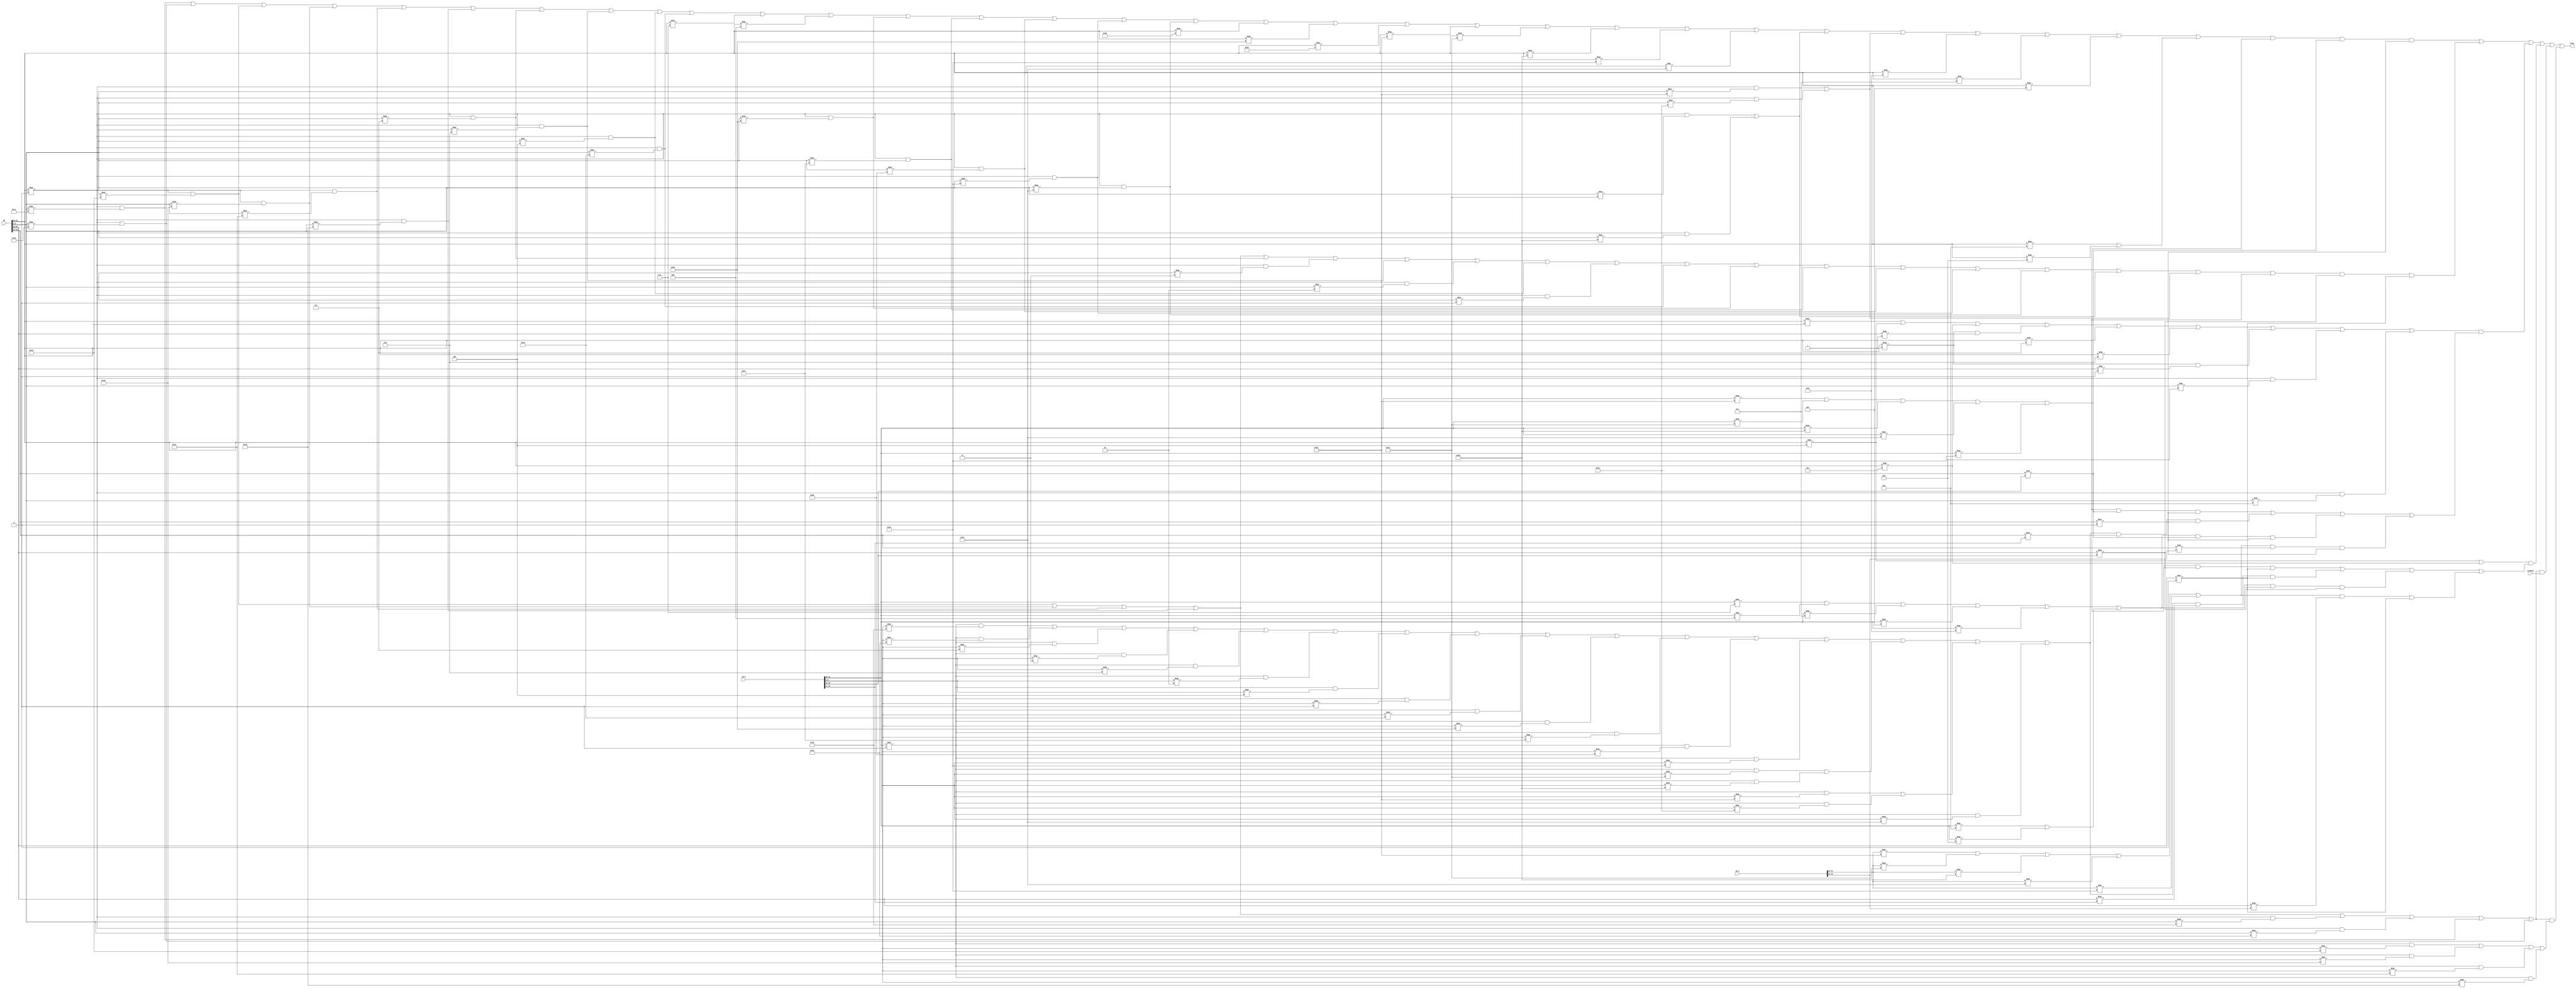
`timescale 1ns / 1ps
//////////////////////////////////////////////////////////////////////////////////
// Company: 
// Engineer: 
// 
// Design Name: 
// Module Name:    pause 
// Project Name: 
// Target Devices: 
// Tool versions: 
// Description: 
//
// Dependencies: 
//
// Revision: 
// Revision 0.01 - File Created
// Additional Comments: 
//
//////////////////////////////////////////////////////////////////////////////////
module pause(
    input [31:0] IR,
    input [31:0] IR_E,
    input [31:0] IR_M,
	 input alubusy,
    output  stop
    );
    
	wire [5:0] op;
	wire [5:0] func;
	wire [4:0] rs;
	wire [4:0] rt;
	wire [4:0] rd;
	
	wire lw_E;
	wire addu_E;
	wire subu_E;
	wire ori_E;
	wire [4:0]rs_E;
	wire [4:0]rt_E;
	wire [4:0]rd_E;
	wire [5:0]func_E;
	wire [5:0]op_E;

	wire lw_M;
	wire [4:0]rs_M;
	wire [4:0]rt_M;
	wire [4:0]rd_M;
	wire [5:0]func_M;
	wire [5:0]op_M;

	wire addu;
	wire subu;
	wire ori;
	wire lw;
	wire sw;
	wire beq;
	wire jr;
	wire sh;
	wire sb;
	wire lb;
	wire lh;
	wire lhu;
	wire lbu;
	
	assign op = IR[31:26];
	assign func = IR[5:0];
	assign rs = IR[25:21];
	assign rt = IR[20:16];
	assign rd = IR[15:11];
	
	assign rt_E = IR_E[20:16];
	assign rd_E = IR_E[15:11];
	assign rs_E = IR_E[25:21];
	assign op_E = IR_E[31:26];
	assign func_E = IR_E[5:0];

	assign rs_M = IR_M[25:21];
	assign rt_M = IR_M[20:16];
	assign rd_M = IR_M[15:11];
	assign op_M = IR_M[31:26];
	assign func_M = IR_M[5:0];
	
	assign add = (op === 6'b000000 && func === 6'b100000);
	assign sub = (op === 6'b000000 && func === 6'b100010);
	assign addu = (op === 6'b000000 && func === 6'b100001) || add;
	assign subu = (op === 6'b000000 && func === 6'b100011) || sub;
	assign addi = (op === 6'b001000);
	assign addiu = (op === 6'b001001) || addi;
	assign ori = (op === 6'b001101);
	assign lw = (op === 6'b100011);
	assign sw = (op === 6'b101011);
	assign beq = (op === 6'b000100);
	assign jr = (op === 6'b000000 && func === 6'b001000);
	assign jalr = (op === 6'b000000 && func === 6'b001001);
	assign sh = (op === 6'b101001);
	assign sb = (op === 6'b101000);
	assign lh = (op === 6'b100001);
	assign lb = (op === 6'b100000);
	assign lhu = (op === 6'b100101);
	assign lbu = (op === 6'b100100);
	assign AND = (op === 6'b000000 && func === 6'b100100);
	assign OR = (op === 6'b000000 && func === 6'b100101);	
	assign XOR = (op === 6'b000000 && func === 6'b100110);
	assign NOR = (op === 6'b000000 && func === 6'b100111);	
	assign andi = (op === 6'b001100);
	assign xori = (op === 6'b001110);
	assign bne = (op === 6'b000101);
	assign bgez = (op === 6'b000001 && rt === 5'b00001);
	assign bgtz = (op === 6'b000111);
	assign blez = (op === 6'b000110);
	assign bltz = (op === 6'b000001 && rt === 5'b00000);
	assign slt = (op === 6'b000000 && func === 6'b101010);
	assign slti = (op === 6'b001010);
	assign sltiu = (op === 6'b001011);
	assign sltu = (op === 6'b000000 && func === 6'b101011);
	assign sll = (op === 6'b000000 && func === 6'b000000);
	assign sllv = (op === 6'b000000 && func  === 6'b000100);
	assign srl = (op === 6'b000000 && func === 6'b000010);
	assign srlv = (op === 6'b000000 && func === 6'b000110);
	assign sra = (op === 6'b000000 && func === 6'b000011);
	assign srav = (op === 6'b000000 && func === 6'b000111); 
	assign mult = (op === 6'b000000 && func === 6'b011000);
	assign multu = (op === 6'b000000 && func === 6'b011001);
	assign div = (op === 6'b000000 && func === 6'b011010);
	assign divu = (op === 6'b000000 && func === 6'b011011);
	assign mtlo = (op === 6'b000000 && func === 6'b010011);
	assign mthi = (op === 6'b000000 && func === 6'b010001);
	assign mflo = (op === 6'b000000 && func === 6'b010010);
	assign mfhi = (op === 6'b000000 && func === 6'b010000);
	assign blezals = (op === 6'b011000);
	
	assign add_E = (op_E === 6'b000000 && func_E === 6'b100000);
	assign sub_E = (op_E === 6'b000000 && func_E === 6'b100010);
	assign lw_E = (op_E === 6'b100011);
	assign lh_E = (op_E === 6'b100001);
	assign lb_E = (op_E === 6'b100000);
	assign lhu_E = (op_E === 6'b100101);
	assign lbu_E = (op_E === 6'b100100);
	assign addu_E = (op_E === 6'b000000 && func_E === 6'b100001) || add_E;
	assign subu_E = (op_E === 6'b000000 && func_E === 6'b100011) || sub_E;
	assign addi_E = (op_E === 6'b001000);
	assign addiu_E = (op_E === 6'b001001) || addi_E;
	assign ori_E = (op_E === 6'b001101);
	assign AND_E = (op_E === 6'b000000 && func_E === 6'b100100);
	assign OR_E = (op_E === 6'b000000 && func_E === 6'b100101);
	assign XOR_E = (op_E === 6'b000000 && func_E === 6'b100110);
	assign NOR_E = (op_E === 6'b000000 && func_E === 6'b100111);
	assign andi_E = (op_E === 6'b001100);
	assign xori_E = (op_E === 6'b001110);
	assign slt_E = (op_E === 6'b000000 && func_E === 6'b101010);
	assign slti_E = (op_E === 6'b001010);
	assign sltiu_E = (op_E === 6'b001011);
	assign sltu_E = (op_E === 6'b000000 && func_E === 6'b101011);	
	assign sll_E = (op_E === 6'b000000 && func_E === 6'b000000);	
	assign sllv_E = (op_E === 6'b000000 && func_E  === 6'b000100);
	assign srl_E = (op_E === 6'b000000 && func_E === 6'b000010);
	assign srlv_E = (op_E === 6'b000000 && func_E === 6'b000110); 
	assign sra_E = (op_E === 6'b000000 && func_E === 6'b000011);
	assign srav_E = (op_E === 6'b000000 && func_E === 6'b000111);
	assign mult_E = (op_E === 6'b000000 && func_E === 6'b011000);
	assign multu_E = (op_E === 6'b000000 && func_E === 6'b011001);
	assign div_E = (op_E === 6'b000000 && func_E === 6'b011010);
	assign divu_E = (op_E === 6'b000000 && func_E === 6'b011011);
	assign mtlo_E = (op_E === 6'b000000 && func_E === 6'b010011);
	assign mthi_E = (op_E === 6'b000000 && func_E === 6'b010001);
	assign mflo_E = (op_E === 6'b000000 && func_E === 6'b010010);
	assign mfhi_E = (op_E === 6'b000000 && func_E === 6'b010000);
	assign blezals_E = (op_E === 6'b011000);
	
	assign lw_M = (op_M === 6'b100011);
	assign lh_M = (op_M === 6'b100001);
	assign lb_M = (op_M === 6'b100000);
	assign lhu_M = (op_M === 6'b100101);
	assign lbu_M = (op_M === 6'b100100);
	
	assign rs_1 = (mthi || mtlo || mult || multu || div || divu || srav || srlv || sllv || slt || slti || sltiu || sltu || NOR || XOR || OR || AND || sh || sw || sb || lw || lh || lb || lhu || lbu || addu || subu || ori || andi || xori || addiu);
	assign rt_1 = (mult || multu || div || divu || srav || sra || srlv || srl || sllv || sll || slt || sltu || NOR || XOR || OR || AND || addu || subu);
	assign rs_0 = (blezals || beq || bne || bgez || bgtz || blez || bltz || jr || jalr);
	assign rt_0 = (beq || bne);    
	
	assign s1 = ( rs_1 && (lw_E || lh_E || lb_E || lbu_E || lhu_E) && (rs === rt_E) && (rs !== 0));
	assign s2 = ( rt_1 && (lw_E || lh_E || lb_E || lbu_E || lhu_E) && (rt === rt_E) && (rt !== 0));
	assign s3 = ( rs_0 && (((lw_E || lh_E || lb_E || lbu_E || lhu_E) && (rs === rt_E) && (rs !== 0))|| 
								((mfhi_E || mflo_E || srav_E || sra_E || srlv_E || srl_E || sllv_E || sll_E || slt_E || sltu_E || NOR_E || XOR_E || OR_E || addu_E || subu_E || AND_E) && (rs === rd_E) && (rs !== 0)) ||
								((slti_E || sltiu_E || andi_E || xori_E || ori_E || addiu_E) && (rs === rt_E) && (rs !== 0)) ||
								((lw_M || lh_M || lb_M || lbu_M || lhu_M) && (rs === rt_M) && (rs !== 0))));
	assign s4 = ( rt_0 && (((lw_E || lh_E || lb_E || lbu_E || lhu_E) && (rt === rt_E) && (rt !== 0))|| 
								((mfhi_E || mflo_E || srav_E || sra_E || srlv_E || srl_E || sllv_E || sll_E || slt_E || sltu_E || NOR_E || XOR_E || OR_E || addu_E || subu_E || AND_E) && (rt === rd_E) && (rt !== 0)) ||
								((slti_E || sltiu_E || andi_E || xori_E || ori_E || addiu_E) && (rt === rt_E) && (rt !== 0)) ||
								((lw_M || lh_M || lb_M || lbu_M || lhu_M) && (rt === rt_M) && (rt !== 0))));

	assign s5 = ((mult||multu||div||divu||mfhi||mflo||mthi||mtlo) && alubusy);
	
	assign s6 = ((mult||multu||div||divu||mfhi||mflo||mthi||mtlo) && (mult_E||multu_E||div_E||divu_E));
	
	assign stop = s1 || s2 || s3 || s4 || s5 || s6;
	
endmodule